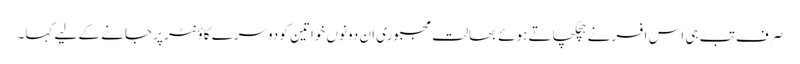
صرف تب ہی اس افسر نے ہچکچاتے ہوئے بحالتِ مجبوری ان دونوں خواتین کو دوسرے کاؤنٹر پر جانے کے لیے کہا۔